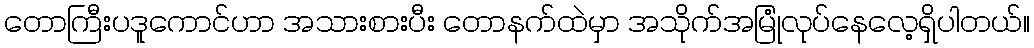
တောကြီးပဒူကောင်ဟာ အသားစားပီး တောနက်ထဲမှာ အသိုက်အမြုံလုပ်နေလေ့ရှိပါတယ်။